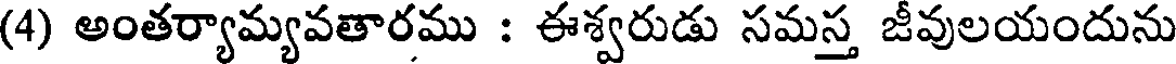
(4) అంతర్యామ్యవతారము : ఈశ్వరుడు సమస్త జీవులయందును